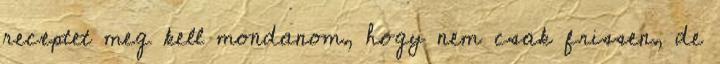
receptet meg kell mondanom, hogy nem csak frissen, de